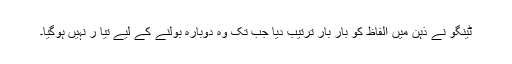
ٹینگو نے ذہن میں الفاظ کو بار بار ترتیب دیا جب تک وہ دوبارہ بولنے کے لیے تیا ر نہیں ہوگیا۔